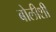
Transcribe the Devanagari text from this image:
बोलीशी